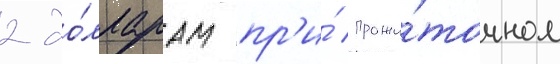
2 до́лларам пр'и́ прожи́точном